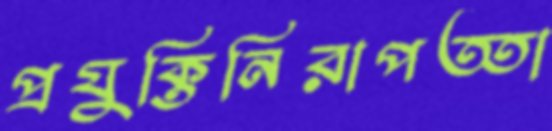
প্রযুক্তিনিরাপত্তা